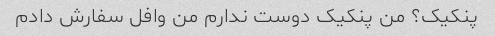
پنکیک؟ من پنکیک دوست ندارم من وافل سفارش دادم